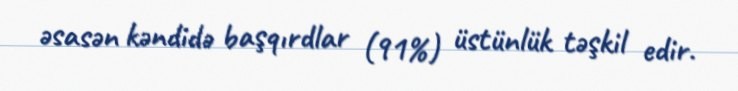
əsasən kəndidə başqırdlar (91%) üstünlük təşkil edir.